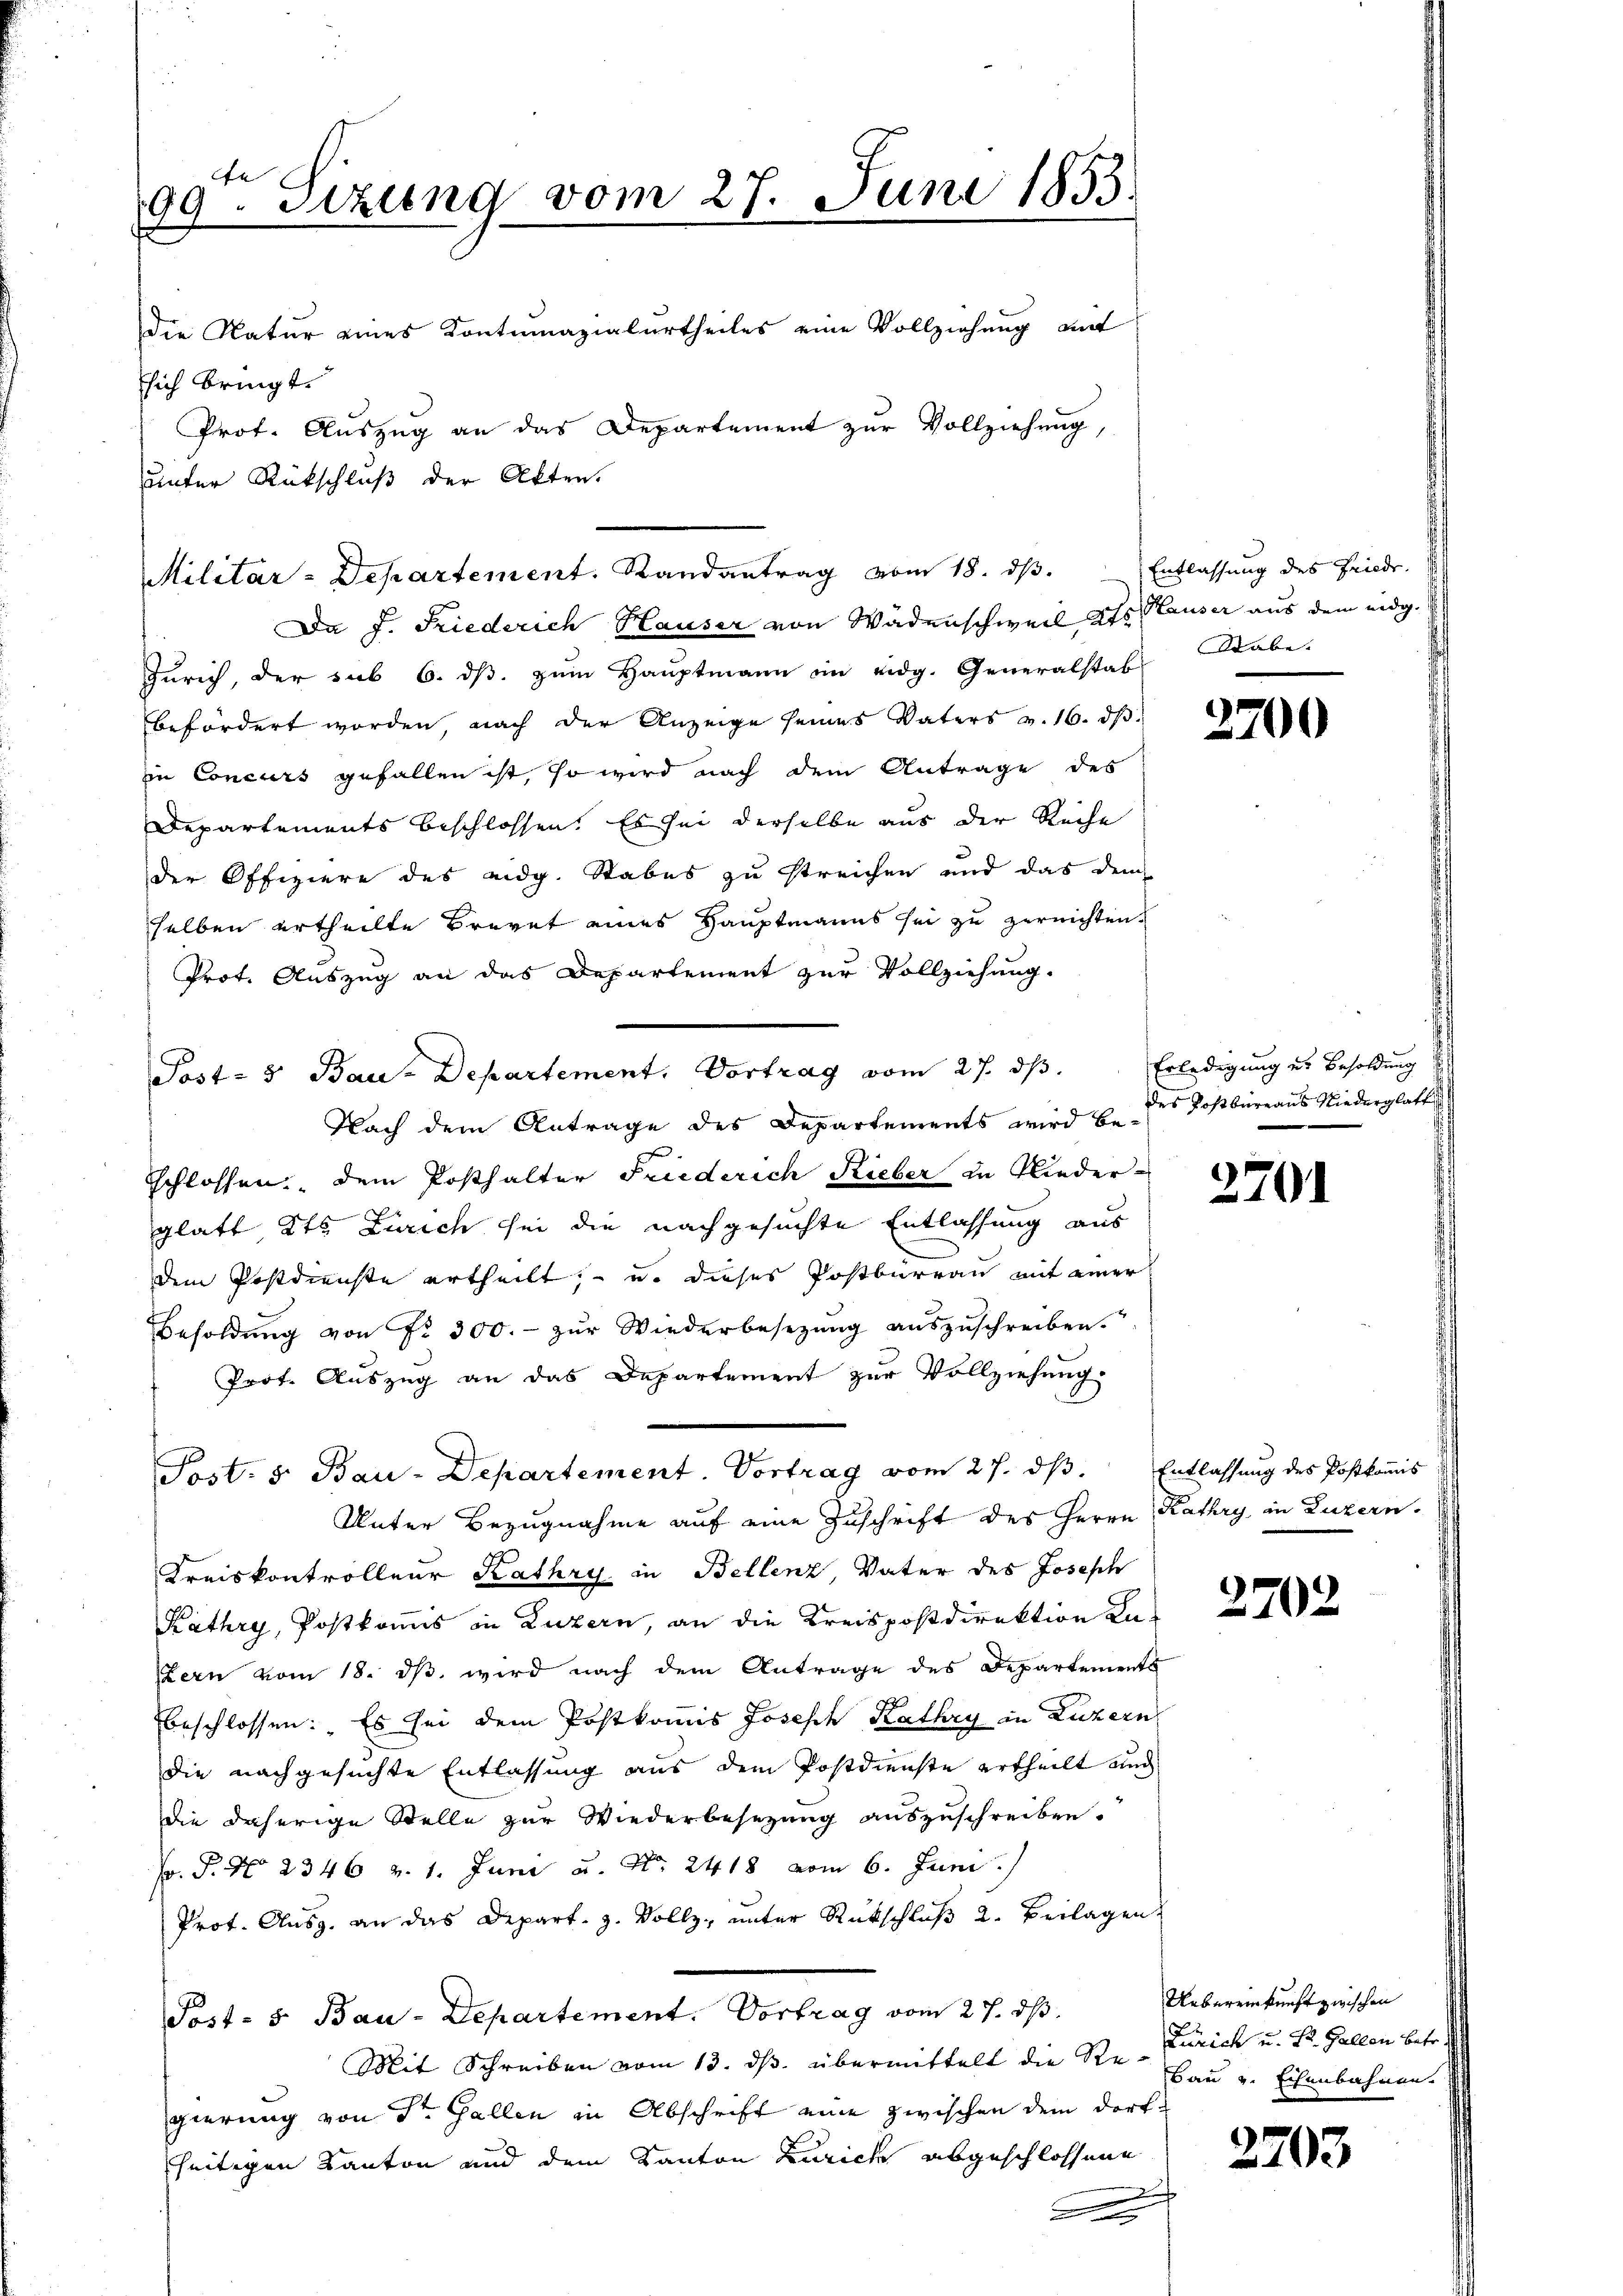
90ten Sizung vom 27. Juni 1853.
1
die Natur eines Kontumazialurtheiles eine Vollziehung auf
Esich bringt.
Prof. Auszug an das Departement zur Vollziehung,
unter Rückschluß der Akten.

Da J. Friederich Hauser von Wädenschweil Kts. Hauser aus dem eidg.
Zürich, der sub 6. ds. zum Hauptmann im eidg. Generalstab
befördert worden, nach der Anzeige seines Vaters v. 16. ds.
in Concurs gefallen ist, so wird nach dem Antrage des
Departements beschlossen. Es sei derselbe aus der Reihe
der Offiziere des eidg. Stabes zu streichen und das dem
selben ertheilte Brevet eines Hauptmanns sei zu zerrichten.
Prot. Auszug an das Departement zur Vollziehung.
Post- & Bau-Departement. Vortrag vom 27. ds.
Nach dem Antrage des Departements wird u. des Postbüreaus Niederglatt
sschlossen, dem Posthalter Friederich Rieber in Nieder-
glatt Kts. Zürich sei die nachgesuchte Entlassung aus
dem Postdienste ertheilt, u. dieses Postbureau mit einer
Besoldŭng von Nr. 300.- zŭr Wiederbesetzŭng aŭszŭschreiben.“
Prot. Auszug an das Departement zur Vollziehung.
Post. 5. Bau-Departement. Vortrag vom 27. ds. Entlassung des Postkomis
Unter Bezugnahme auf eine Zuschrift des Herrn Kathry in Luzern¬
Kreiskontrolleur Kathry, in Bellenz, Vater des Joseph
Kathry, Postkomis in Luzern, an die Kreispostdirektion an-
ern vom 18. dβ wird nach dem Antrage des Departements
beschlossen: Es sei dem Postkommis Joseph Kathry in Luzern
die nachgesuchte Entlassung aus dem Postdienste ertheilt und
die daherige Stelle zur Wiederbesezung auszuschreiben.
F. P. Nr. 2346 v. 1. Juni u. No. 2418 vom 6. Juni.
Prot. Ausg. an das Depart. 3. Vollz, unter Rückschluß 2. Beilagen,
Post- 5. Bau-Departement. Vortrag vom 27. ds.
Mit Schreiben vom 13. ds. übermittelt die Re-Zürich u. Dr. Gallen betr.
gierung von Str. Gallen in Abschrift eine zwischen dem Dorf-
seitigen Kanton und dem Kanton Zürich abgeschlossene
d
x

Militär-Departement. Randantrag vom 18. ds. Entlassung des Friedr.

Stabe

3700

Erledigung er Besoldung

2701

2702

Uebereinkunft zwischen
Bau u. Eisenbahnen.

2703